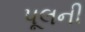
પૂલની